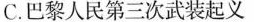
C.巴黎人民第三次武装起义